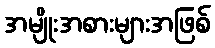
အမျိုးအစားများအဖြစ်